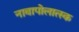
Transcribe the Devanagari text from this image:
नावापोलात्स्क